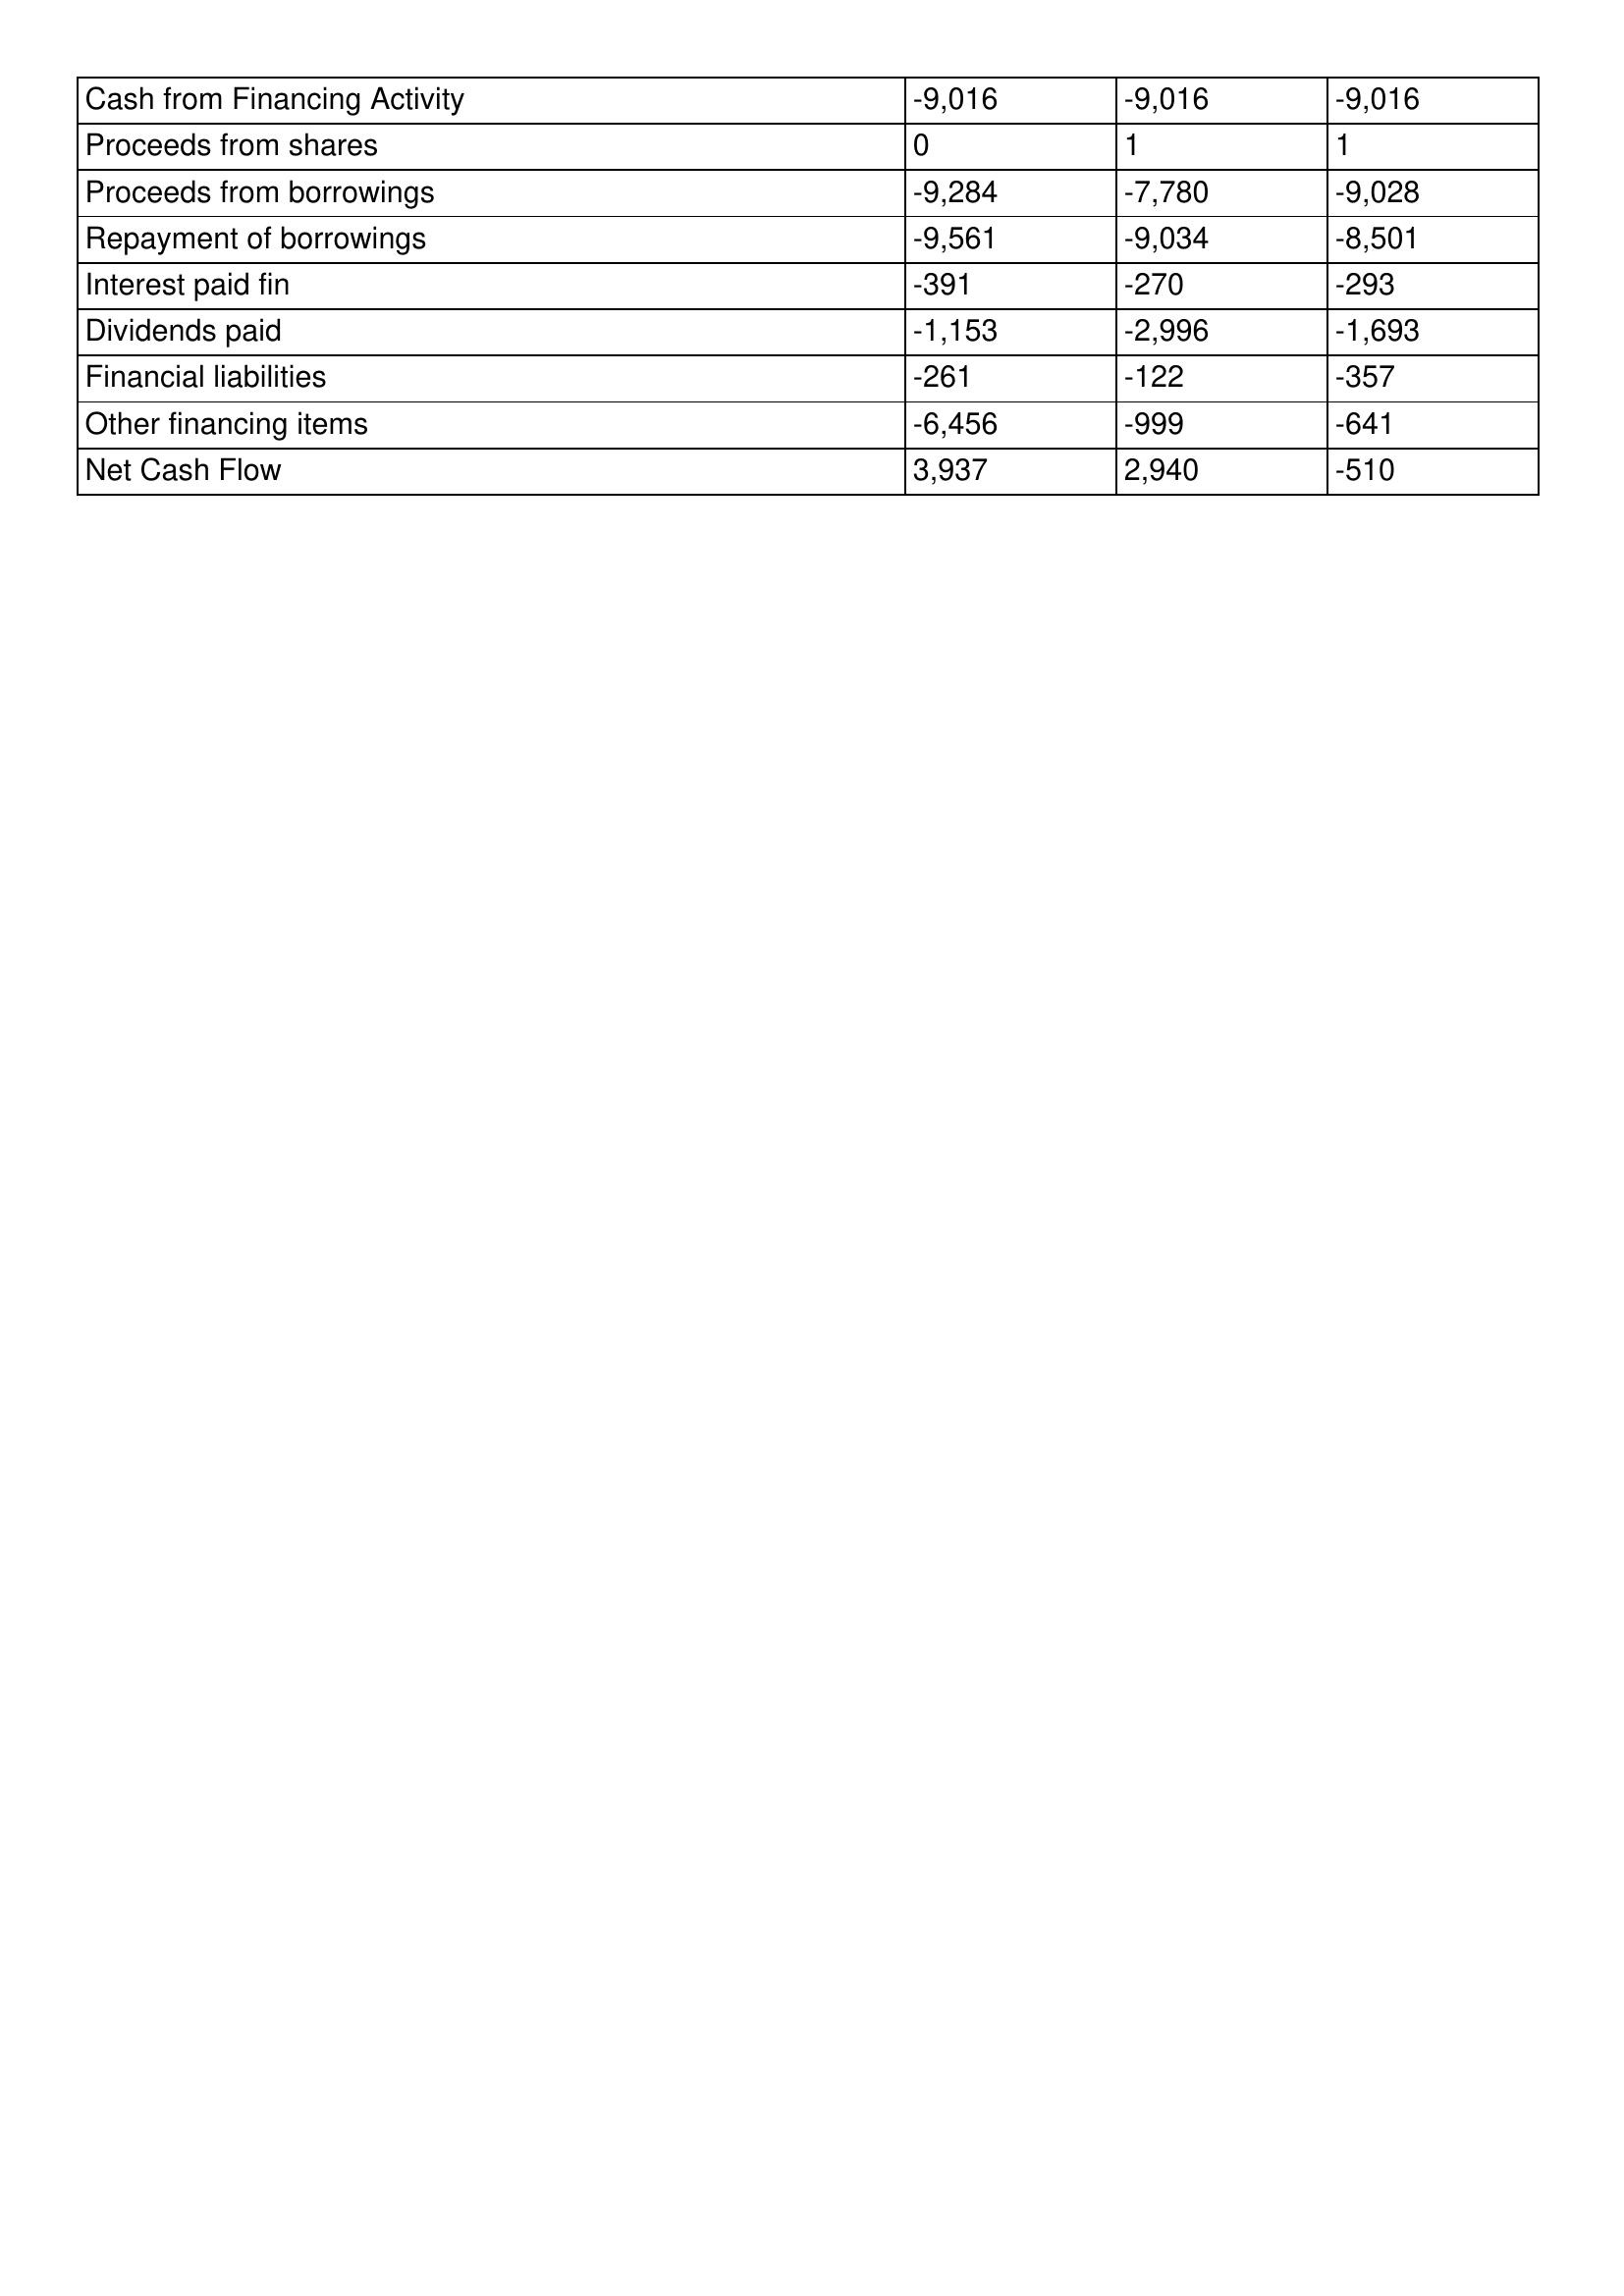
gt_parse: 2011: Cash Flows: Cash from Financing Activity: -9,016
Proceeds from shares: 0
Proceeds from borrowings: -9,284
Repayment of borrowings: -9,561
Interest paid fin: -391
Dividends paid: -1,153
Financial liabilities: -261
Other financing items: -6,456
Net Cash Flow: 3,937
2010: Cash Flows: Cash from Financing Activity: -9,016
Proceeds from shares: 1
Proceeds from borrowings: -7,780
Repayment of borrowings: -9,034
Interest paid fin: -270
Dividends paid: -2,996
Financial liabilities: -122
Other financing items: -999
Net Cash Flow: 2,940
2009: Cash Flows: Cash from Financing Activity: -9,016
Proceeds from shares: 1
Proceeds from borrowings: -9,028
Repayment of borrowings: -8,501
Interest paid fin: -293
Dividends paid: -1,693
Financial liabilities: -357
Other financing items: -641
Net Cash Flow: -510